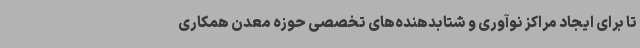
تا برای ایجاد مراکز نوآوری و شتابدهنده‌های تخصصی حوزه معدن همکاری